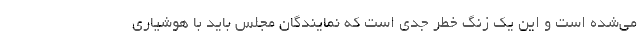
می‌شده است و این یک زنگ خطر جدی است که نمایندگان مجلس باید با هوشیاری